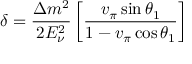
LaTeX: \delta = \frac { \Delta m ^ { 2 } } { 2 E _ { \nu } ^ { 2 } } \left[ \frac { v _ { \pi } \sin \theta _ { 1 } } { 1 - v _ { \pi } \cos \theta _ { 1 } } \right]